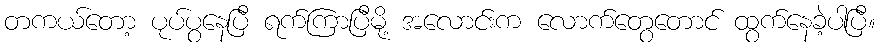
တကယ်တော့ ပုပ်ပွနေပြီ ရက်ကြာပြီမို့ အလောင်းက လောက်တွေတောင် ထွက်နေခဲ့ပါပြီ။